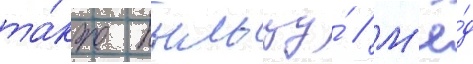
та́кже пыльцу́ // М'ё́д